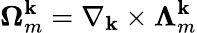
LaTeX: \mathbf{\Omega}_{m}^{\textbf{k}}=\nabla_{\textbf{k}}\times\mathbf{\Lambda}_{m}^{\textbf{k}}